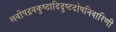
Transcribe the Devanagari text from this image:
सर्वोपद्रवकुष्ठादिदुष्टदोषनिवारिणी